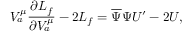
V _ { a } ^ { \mu } \frac { \partial L _ { f } } { \partial V _ { a } ^ { \mu } } - 2 L _ { f } = \overline { { { \Psi } } } \Psi U ^ { \prime } - 2 U ,